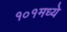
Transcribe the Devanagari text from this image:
१०१मध्ये